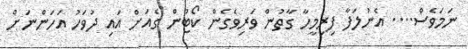
ނަމަވެސް.... އެނުލަފާ ފިރިމީހާ ގާތުން ވަރިވެގެން ކޯޓުން ގެއަށް އައި ދުވަހު އަހަންނަށް